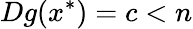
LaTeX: Dg(x^{*})=c<n